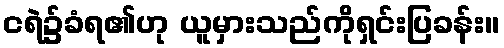
ငရဲ၌ခံရ၏ဟု ယူမှားသည်ကိုရှင်းပြခန်း။